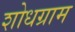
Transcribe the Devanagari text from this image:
शोधग्राम